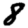
Digit: 8